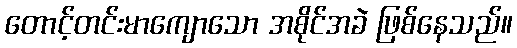
တောင့်တင်းမာကျောသော အစိုင်အခဲ ဖြစ်နေသည်။